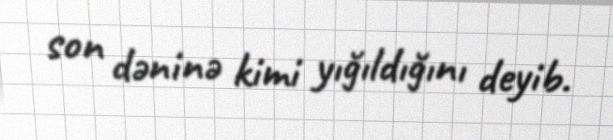
son dəninə kimi yığıldığını deyib.